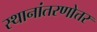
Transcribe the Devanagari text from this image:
स्थानांतरणोत्तर